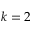
k = 2